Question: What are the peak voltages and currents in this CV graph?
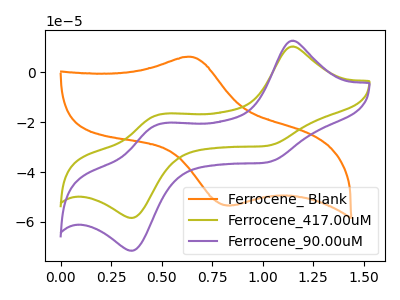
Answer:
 <answer>The orange curve "Ferrocene_ Blank" has an anodic peak at (0.65V, 6.20uA) and a cathodic peak at (0.85V, -53.35uA). The olive curve "Ferrocene_417.00uM" has anodic peaks at (1.15V, 10.30uA) (0.50V, -17.05uA) and cathodic peaks at (1.00V, -29.55uA) (0.35V, -58.35uA). The purple curve "Ferrocene_90.00uM" has anodic peaks at (1.15V, 12.60uA) (0.50V, -20.90uA) and cathodic peaks at (1.00V, -36.20uA) (0.35V, -71.50uA).</answer>
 <eval></eval>